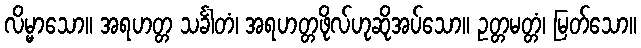
လိမ္မာသော။ အရဟတ္တ သင်္ခါတံ၊ အရဟတ္တဖိုလ်ဟုဆိုအပ်သော။ ဥတ္တမတ္တံ၊ မြတ်သော။